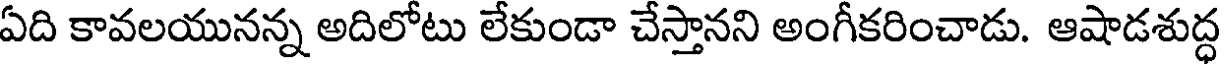
ఏది కావలయునన్న అదిలోటు లేకుండా చేస్తానని అంగీకరించాడు. ఆషాడశుద్ధ